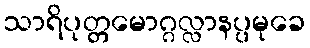
သာရိပုတ္တမောဂ္ဂလ္လာနပ္ပမုခေ